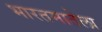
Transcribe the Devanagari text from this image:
भारतमातेला